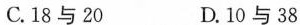
C.18与20 D.10与38